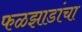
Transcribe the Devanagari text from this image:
फळझाडांचा